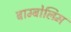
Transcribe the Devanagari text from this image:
बाम्बोलिम